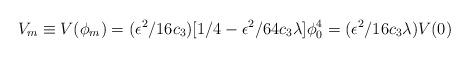
LaTeX: \begin{align*}V_m \equiv V(\phi_m)= ( \epsilon^2 / 16 c_3 )[ 1/4 - \epsilon^2 / 64 c_3 \lambda ]\phi_0^4= ( \epsilon^2 / 16 c_3 \lambda)V(0)\end{align*}